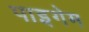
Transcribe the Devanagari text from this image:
पाइगेम